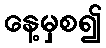
နေ့မှစ၍